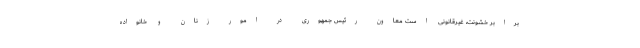
برابر خشونت، غیرقانونی است معاون رئیس جمهوری در امور زنان و خانواده